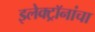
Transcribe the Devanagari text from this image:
इलेक्ट्रॉनांचा